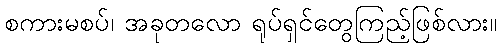
စကားမစပ်၊ အခုတလော ရုပ်ရှင်တွေကြည့်ဖြစ်လား။